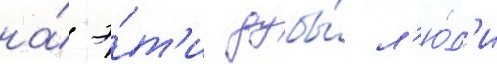
на́ э́т'и дубы́ л'ю́д'и